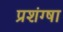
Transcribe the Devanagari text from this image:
प्रशंग्षा